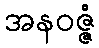
အနဝဇ္ဇံ